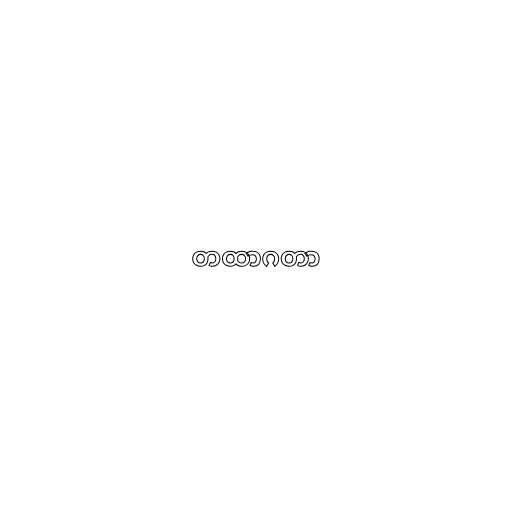
တထာဂတာ